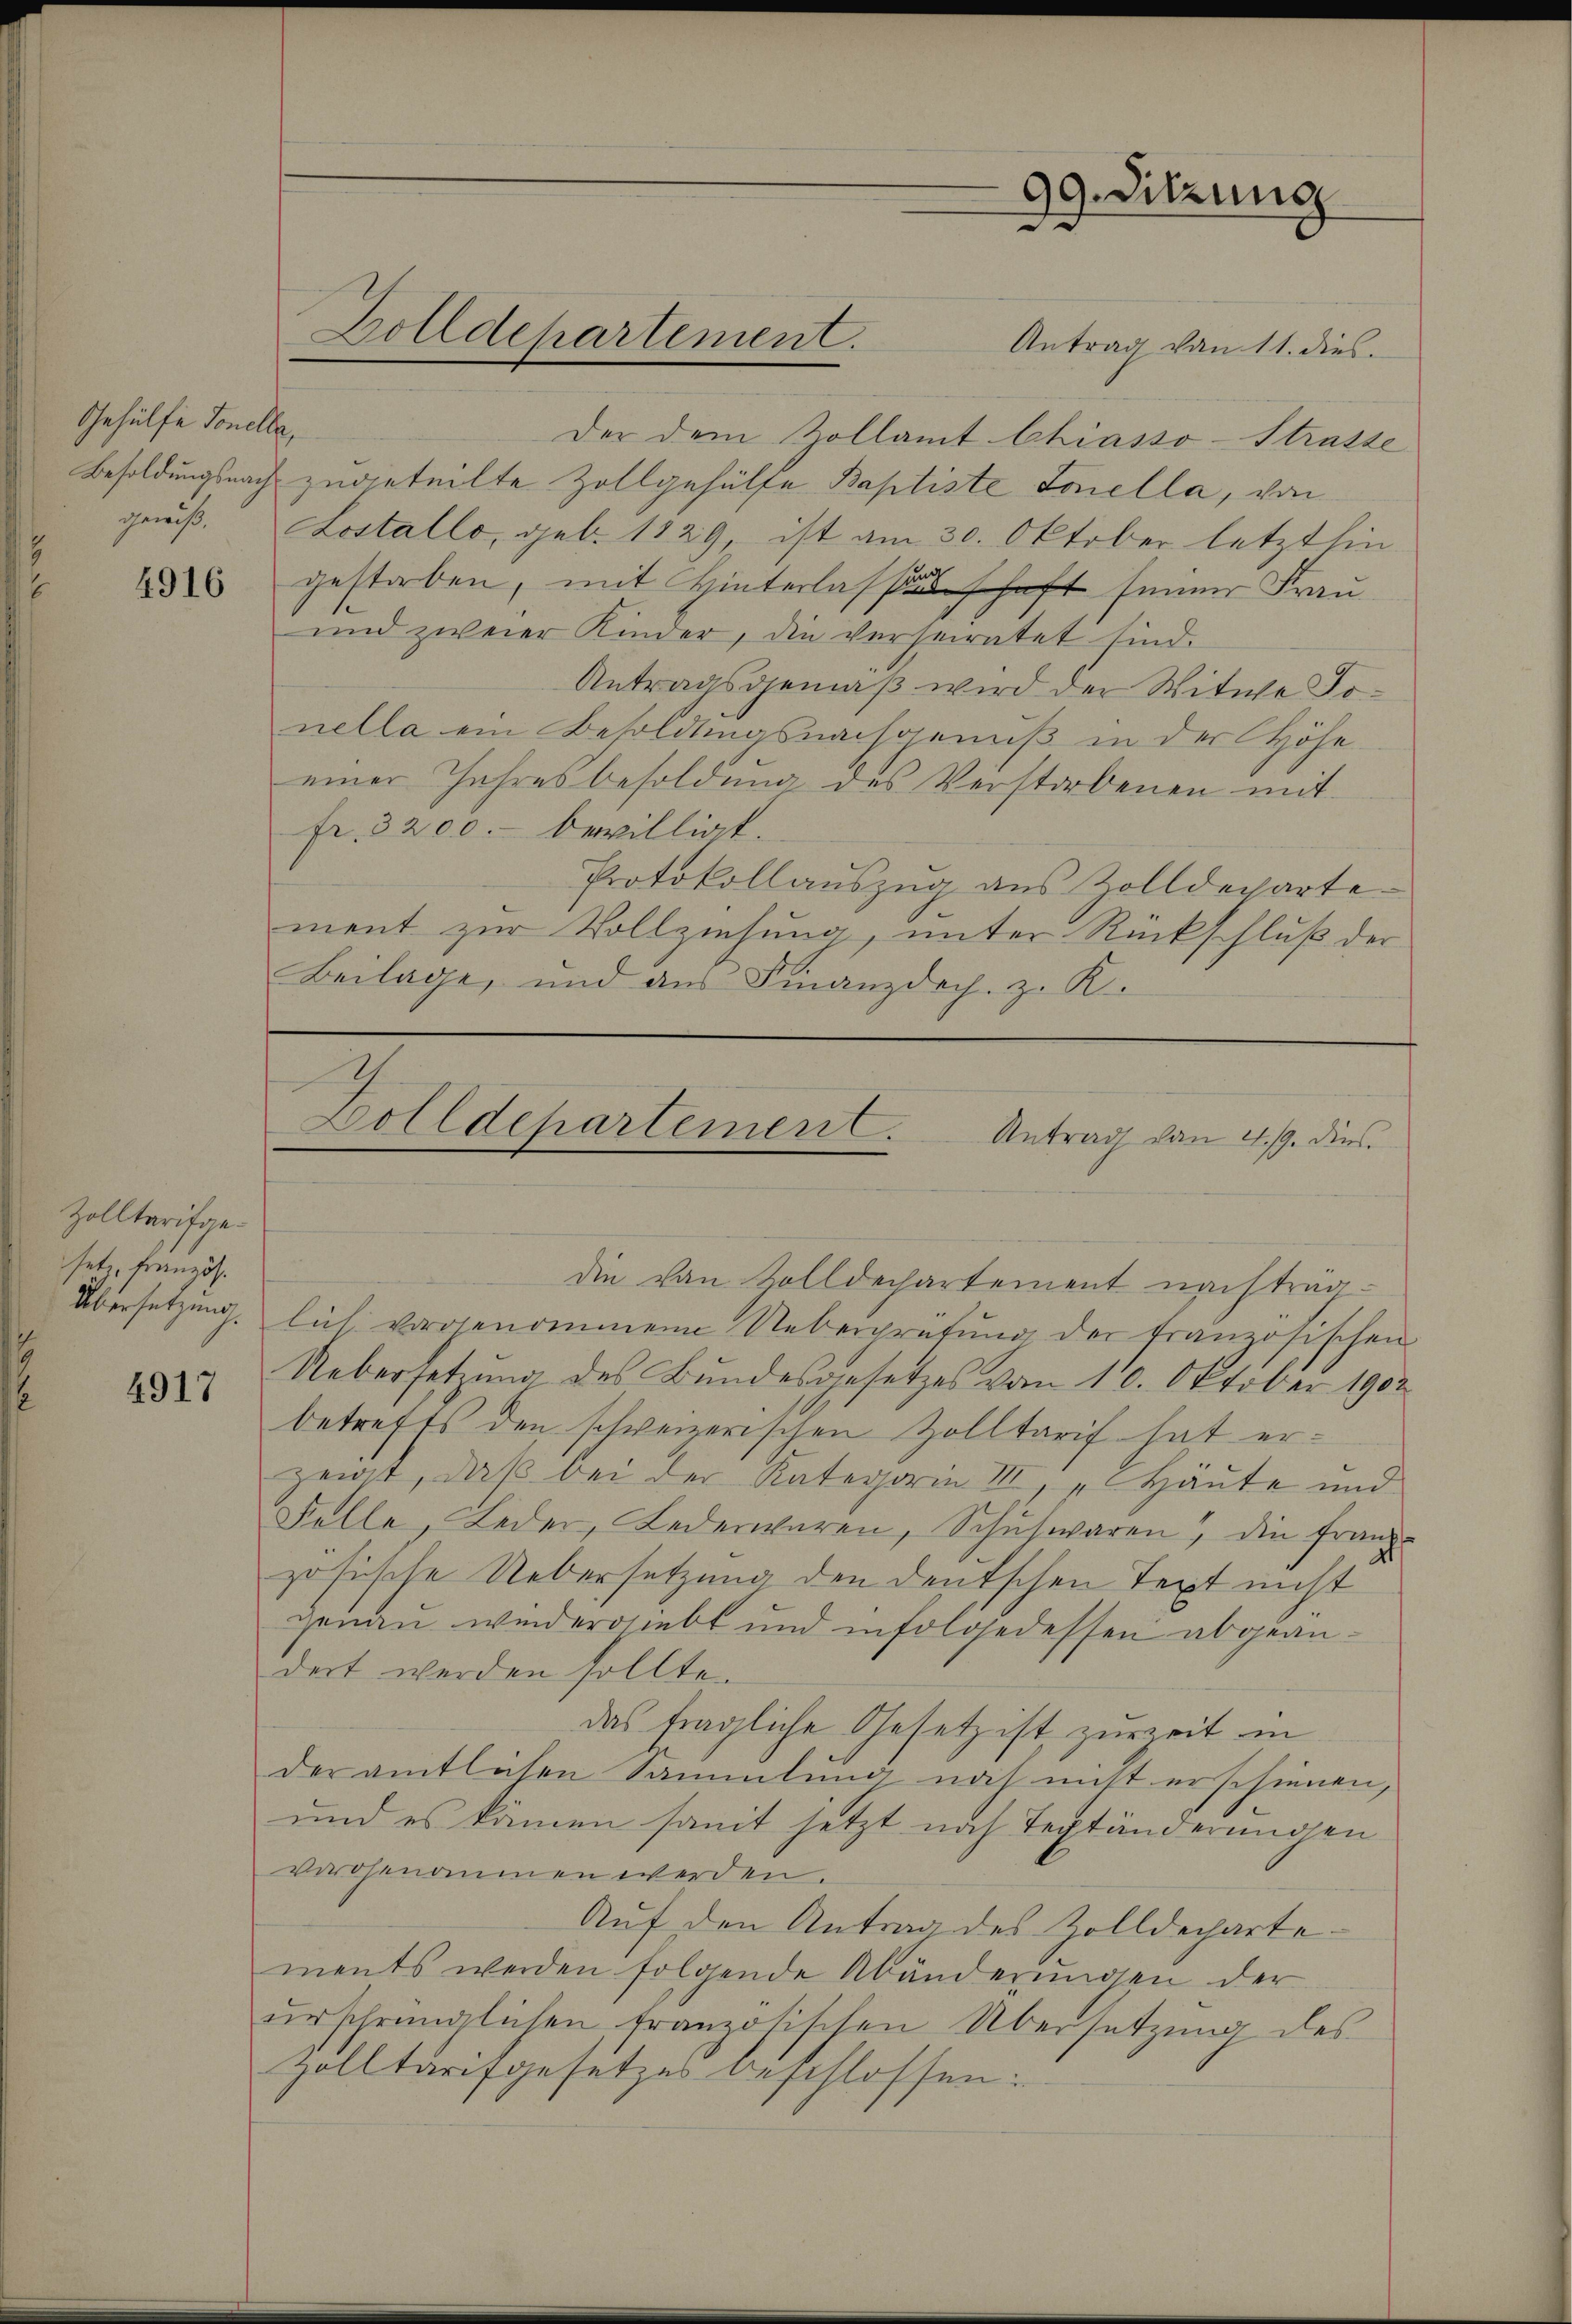
Gehülfe Tonelle,

4916

Zolltarifgesetz, Französ.

4917

Antrag von 11. dies
Der dem Zollamt Chiasso-Strasse
Besoldungsnach zugeteilte Zollgehülfe Baptiste Tonella, von
geß. Lostallo, geb. 1829, ist am 30. Oktober letzt hin
gestorben, mit Hinterlassenschaft seiner Frau
und zweier Kinder, die verheiratet sind.
Antragsgemäß wird der Witwe Jonella ein Besoldungsnachgenuß in der Höhe
einer Jahresbesoldung des Verstorbenen mit
fr. 3200. bewilligt.
Protokollaŭszŭg aŭs Zolldeparte
ment zur Vollziehung, unter Rückschluß der
Beilage, und aus Finanzdoch z. K.

Zolldepartement.

99. Sitzung

Dolldepartemen C.
Antrag von 4./9. dies

die von Zolldechartement nachträg¬
Übersetzung, lich vorgenommene Ueberprüfŭng der französischen
Uebersetzung des Bundesgesetzes vom 10. Oktober 1902
betreffs den schweizerischen Zolltarif hat erzeigt, daβ bei der Kategorie III Häŭte und
Felle, Leder, Federwaren, Schŭswaren, die franz-
zösische Uebersetzung den deutschen Text nicht
genau wiedergiebt und infolgedessen abgeändert werden sollte.
das fragliche Gesetz ist zurzeit in
der amtlichen Sammlung noch nicht erschienen,
und es kämen somit jetzt noch Textänderungen
vorogenannen werden.
Auf den Antrag des Zolldechartements werden folgende Abänderungen der
urschränglichen französischen Übersetzung des
zolltarifgesetzes beschlossen: